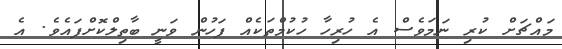
މައްޗަށް ކުރި ނަމަވެސް އެ ހުރިހާ ހުކުމްތަކެއް ފަހުން ވަނީ ބާތިލްކޮށްފައެވެ. އެ